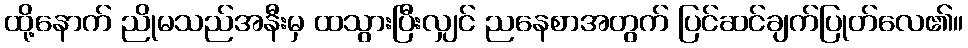
ထို့နောက် ညိုမသည်အနီးမှ ထသွားပြီးလျှင် ညနေစာအတွက် ပြင်ဆင်ချက်ပြုတ်လေ၏။